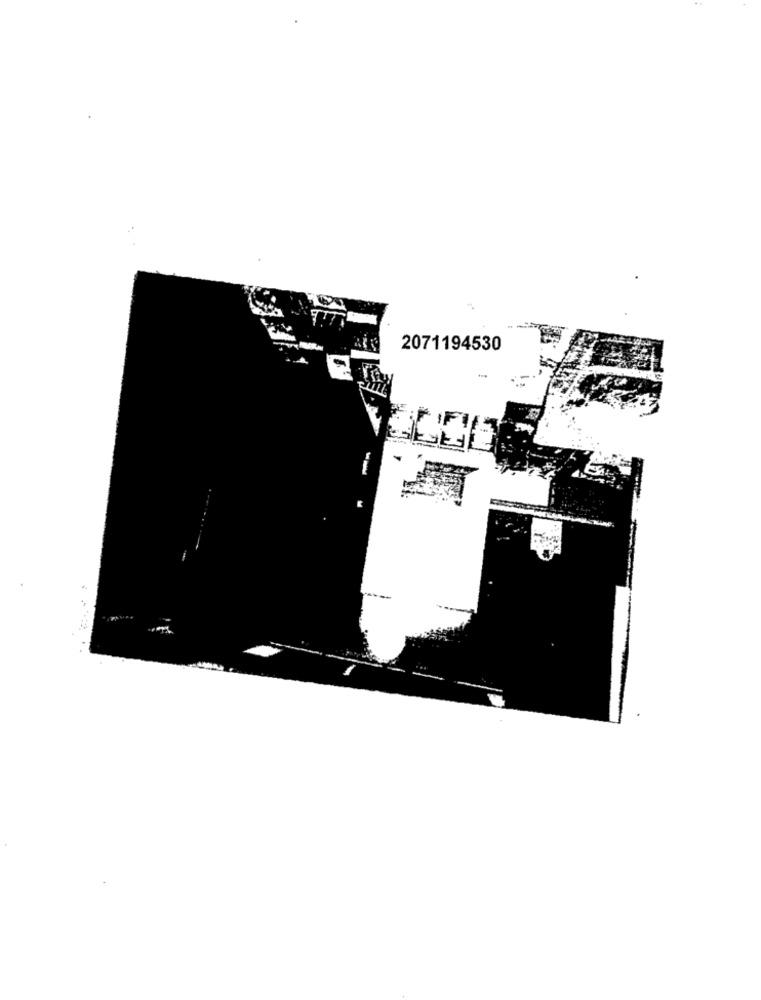
2071194530